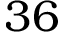
3 6